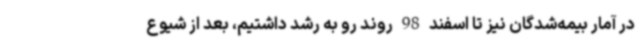
در آمار بیمه‌شدگان نیز تا اسفند 98 روند رو به رشد داشتیم، بعد از شیوع